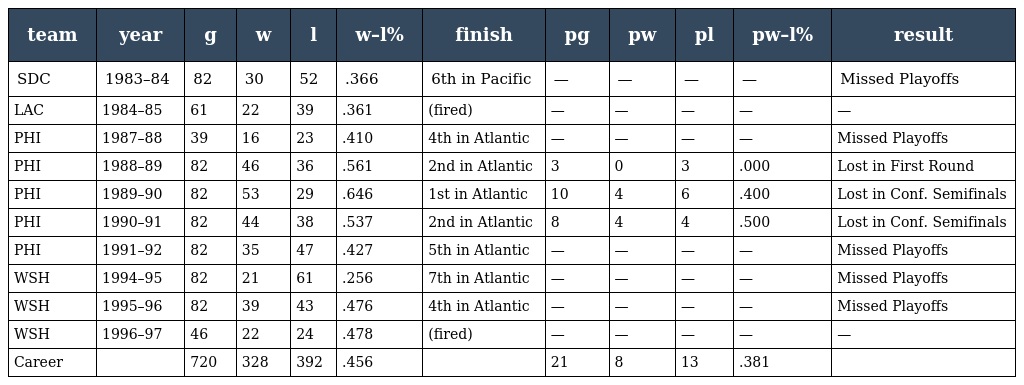
| team | year | g | w | l | w–l% | finish | pg | pw | pl | pw–l% | result |
 | --- | --- | --- | --- | --- | --- | --- | --- | --- | --- | --- | --- |
 | SDC | 1983–84 | 82 | 30 | 52 | .366 | 6th in Pacific | — | — | — | — | Missed Playoffs |
 | LAC | 1984–85 | 61 | 22 | 39 | .361 | (fired) | — | — | — | — | — |
 | PHI | 1987–88 | 39 | 16 | 23 | .410 | 4th in Atlantic | — | — | — | — | Missed Playoffs |
 | PHI | 1988–89 | 82 | 46 | 36 | .561 | 2nd in Atlantic | 3 | 0 | 3 | .000 | Lost in First Round |
 | PHI | 1989–90 | 82 | 53 | 29 | .646 | 1st in Atlantic | 10 | 4 | 6 | .400 | Lost in Conf. Semifinals |
 | PHI | 1990–91 | 82 | 44 | 38 | .537 | 2nd in Atlantic | 8 | 4 | 4 | .500 | Lost in Conf. Semifinals |
 | PHI | 1991–92 | 82 | 35 | 47 | .427 | 5th in Atlantic | — | — | — | — | Missed Playoffs |
 | WSH | 1994–95 | 82 | 21 | 61 | .256 | 7th in Atlantic | — | — | — | — | Missed Playoffs |
 | WSH | 1995–96 | 82 | 39 | 43 | .476 | 4th in Atlantic | — | — | — | — | Missed Playoffs |
 | WSH | 1996–97 | 46 | 22 | 24 | .478 | (fired) | — | — | — | — | — |
 | Career |  | 720 | 328 | 392 | .456 |  | 21 | 8 | 13 | .381 |  |